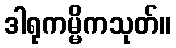
ဒါရုကမ္မိကသုတ်။